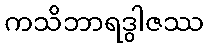
ကသိဘာရဒွါဇဿ